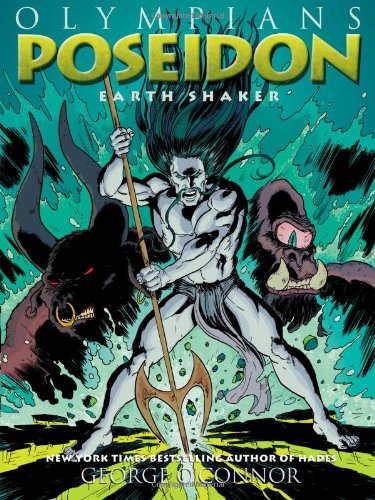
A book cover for Poseidon: Earth Shaker (Olympians); George O'Connor; Children's Books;